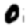
Digit: 0